Report on sanitation, dispensaries, and jails in Rajputana for 1917, and on vaccination for the year 1917-1918 - 1917-1918
Year: 1917
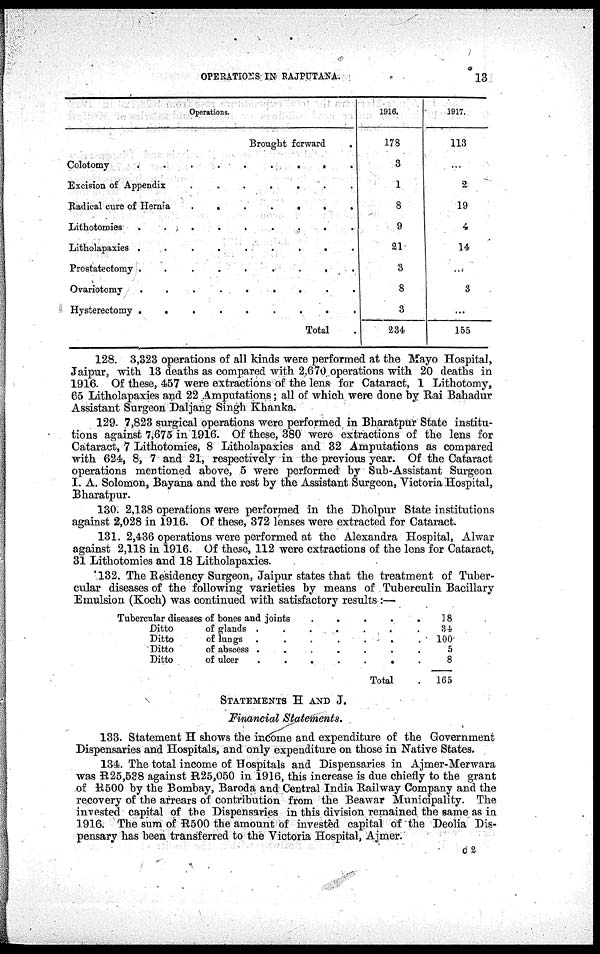
OPERATIONS IN RAJPUTANA.
13
Operations.
Brought forward .
Colotomy
.
.
.
.
.
.
.
.
.
Excision of Appendix
.
.
.
.
.
.
.
Radical cure of Hernia
.
.
.
.
.
.
.
Lithotomies
.
.
.
.
.
.
.
.
.
Litholapaxies .
.
.
.
.
.
.
.
.
Prostatectomy .
.
.
.
.
.
.
.
.
Ovariotomy
.
.
.
.
.
.
.
.
.
Hysterectomy .
.
.
.
.
.
.
.
.
Total .
1916.
178
3
1
8
9
21
3
8
3
234
1917.
113
...
2
19
4
14
...
3
...
155
128. 3,323 operations of all kinds were performed at the Mayo Hospital,
Jaipur, with 13 deaths as compared with 2,670 operations with 20 deaths in
1916. Of these, 457 were extractions of the lens for Cataract, 1 Lithotomy,
65 Litholapaxies and 22 Amputations; all of which were done by Rai Bahadur
Assistant Surgeon Daljang Singh Khanka.
129. 7,823 surgical operations were performed in Bharatpur State institu-
tions against 7,675 in 1916. Of these, 380 were extractions of the lens for
Cataract, 7 Lithotomies, 8 Litholapaxies and 32 Amputations as compared
with 624, 8, 7 and 21, respectively in the previous year. Of the Cataract
operations mentioned above, 5 were performed by Sub-Assistant Surgeon
I. A. Solomon, Bayana and the rest by the Assistant Surgeon, Victoria Hospital,
Bharatpur.
130. 2,138 operations were performed in the Dholpur State institutions
against 2,028 in 1916. Of these, 372 lenses were extracted for Cataract.
131. 2,436 operations were performed at the Alexandra Hospital, Alwar
against 2,118 in 1916. Of these, 112 were extractions of the lens for Cataract,
31 Lithotomies and 18 Litholapaxies.
132. The Residency Surgeon, Jaipur states that the treatment of Tuber-
cular diseases of the following varieties by means of Tuberculin Bacillary
Emulsion (Koch) was continued with satisfactory results :—
Tubercular diseases of bones and joints
.
.
.
.
.
Ditto of glands . . . . . . .
Ditto
of lungs .
.
.
.
.
.
.
Ditto of abscess . . . . . . .
Ditto
of ulcer
.
.
.
.
.
.
.
Total .
18
34
100
5
8
165
STATEMENTS H AND J.
Financial Statements.
133. Statement H shows the income and expenditure of the Government
Dispensaries and Hospitals, and only expenditure on those in Native States.
134. The total income of Hospitals and Dispensaries in Ajmer-Merwara
was R25,538 against R25,050 in 1916, this increase is due chiefly to the grant
of R500 by the Bombay, Baroda and Central India Railway Company and the
recovery of the arrears of contribution from the Beawar Municipality. The
invested capital of the Dispensaries in this division remained the same as in
1916. The sum of R500 the amount of invested capital of the Deolia Dis-
pensary has been transferred to the Victoria Hospital, Aimer.
c2